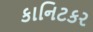
કાનિટકર